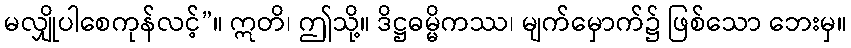
မလျှိုပါစေကုန်လင့်”။ ဣတိ၊ ဤသို့။ ဒိဋ္ဌဓမ္မိကဿ၊ မျက်မှောက်၌ ဖြစ်သော ဘေးမှ။